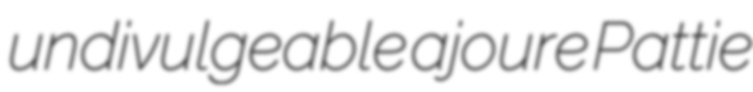
undivulgeable ajoure Pattie